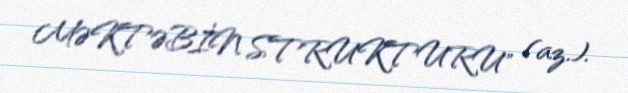
MƏKTƏBİN STRUKTURU" (az.).